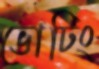
ভোটিং